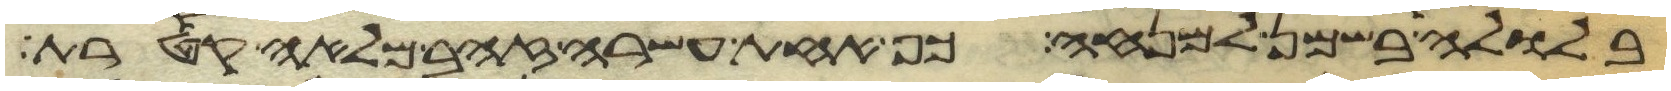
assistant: בלולה בשמן למנחה כף אחת עשרה זהב מלאה קטרת